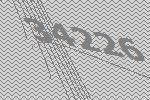
34226